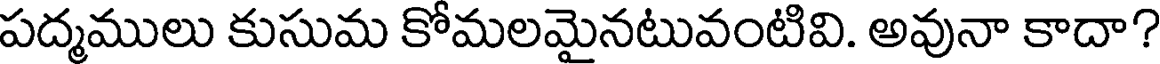
పద్మములు కుసుమ కోమలమైనటువంటివి. అవునా కాదా?